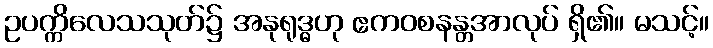
ဥပက္ကိလေသသုတ်၌ အနုရုဒ္ဓဟု ဧကဝစနန္တအာလုပ် ရှိ၏။ မသင့်။